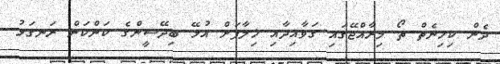
ދެން ކިހިނެތް ތޯ މިރާއްޖޭގައި ގަވާއިދާއި ޚިލާފަށް އުޅޭ ބިދޭސީންގެ ކަންކަން ރަނގަޅު